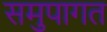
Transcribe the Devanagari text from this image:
समुपागत